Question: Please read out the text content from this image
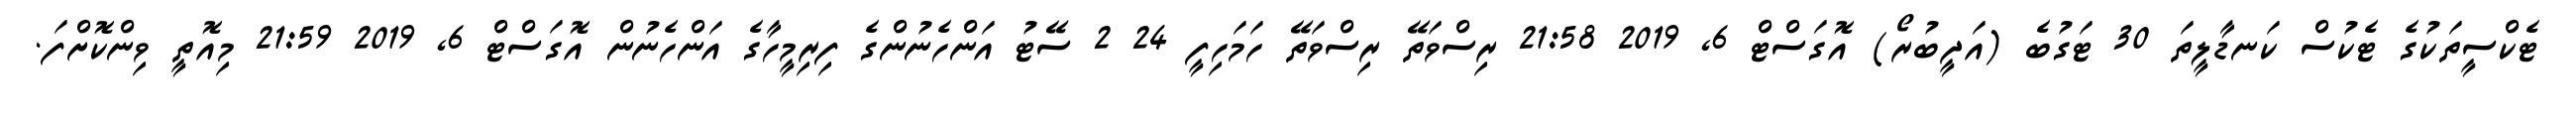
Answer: ޓެކްސީތަކުގެ ޓެކުސް ކަނޑާލީތަ 30 ޓަގުބެ (އަދީބުރޯ) އޮގަސްޓް 6, 2019 21:58 ރިސްވަތޭ ރިސްވަތޭ ހަމަހިފީ 24 2 ސޭޓު އަންހެނުންގެ ފިރިމީހާގެ އަންހެނުން އޮގަސްޓް 6, 2019 21:59 މިއޮތީ ވިންކޮށްފަ.